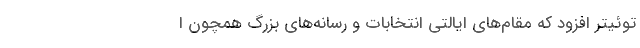
توئیتر افزود که مقام‌های ایالتی انتخابات و رسانه‌های بزرگ همچون ا